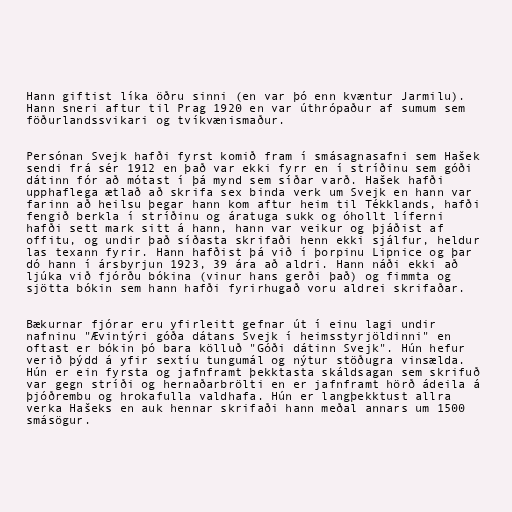
Hann giftist líka öðru sinni (en var þó enn kvæntur Jarmilu).
Hann sneri aftur til Prag 1920 en var úthrópaður af sumum sem
föðurlandssvikari og tvíkvænismaður.

Persónan Svejk hafði fyrst komið fram í smásagnasafni sem Hašek
sendi frá sér 1912 en það var ekki fyrr en í stríðinu sem góði
dátinn fór að mótast í þá mynd sem síðar varð. Hašek hafði
upphaflega ætlað að skrifa sex binda verk um Svejk en hann var
farinn að heilsu þegar hann kom aftur heim til Tékklands, hafði
fengið berkla í stríðinu og áratuga sukk og óhollt líferni
hafði sett mark sitt á hann, hann var veikur og þjáðist af
offitu, og undir það síðasta skrifaði henn ekki sjálfur, heldur
las texann fyrir. Hann hafðist þá við í þorpinu Lipnice og þar
dó hann í ársbyrjun 1923, 39 ára að aldri. Hann náði ekki að
ljúka við fjórðu bókina (vinur hans gerði það) og fimmta og
sjötta bókin sem hann hafði fyrirhugað voru aldrei skrifaðar.

Bækurnar fjórar eru yfirleitt gefnar út í einu lagi undir
nafninu "Ævintýri góða dátans Svejk í heimsstyrjöldinni" en
oftast er bókin þó bara kölluð "Góði dátinn Svejk". Hún hefur
verið þýdd á yfir sextíu tungumál og nýtur stöðugra vinsælda.
Hún er ein fyrsta og jafnframt þekktasta skáldsagan sem skrifuð
var gegn stríði og hernaðarbrölti en er jafnframt hörð ádeila á
þjóðrembu og hrokafulla valdhafa. Hún er langþekktust allra
verka Hašeks en auk hennar skrifaði hann meðal annars um 1500
smásögur.